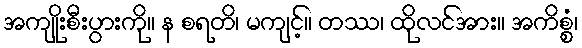
အကျိုးစီးပွားကို။ န စရတိ၊ မကျင့်။ တဿ၊ ထိုလင်အား။ အကိစ္စံ၊